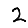
Digit: 2